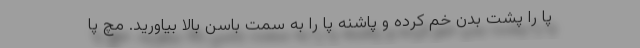
پا را پشت بدن خم کرده و پاشنه پا را به سمت باسن بالا بیاورید. مچ پا